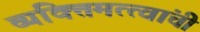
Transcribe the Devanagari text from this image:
व्यक्तिमत्त्वांची